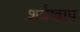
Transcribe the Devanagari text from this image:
शर्वखाप